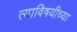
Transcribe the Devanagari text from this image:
त्याविषयीच्या